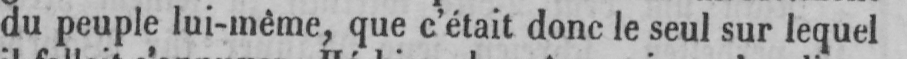
du peuple lui-même, que c’était donc le seul sur lequel